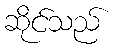
ဆိုင်သည်